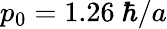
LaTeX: p_{0}=1.26~\hbar/a